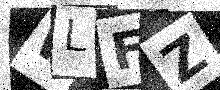
Text: WLFZ